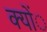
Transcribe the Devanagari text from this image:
क्योंे